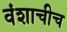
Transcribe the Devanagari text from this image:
वंशाचीच